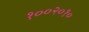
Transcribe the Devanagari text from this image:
१००२०१०